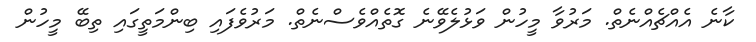
ކާނެ އެއްޗެއްނެތް. މަރުވާ މީހުން ވަޅުލެވޭނެ ގޮތެއްވެސްނެތް. މަރުވެފައި ބިންމަތީގައި ތިބޭ މީހުން